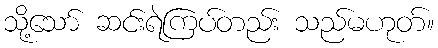
သို့သော် ဆင်းရဲကြပ်တည်း သည်မဟုတ်။